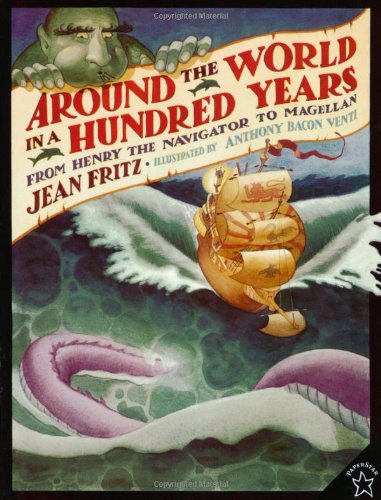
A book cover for Around the World in a Hundred Years: From Henry the Navigator to Magellan; Jean Fritz; Children's Books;